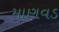
માણવડ